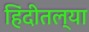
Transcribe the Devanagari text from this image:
हिंदीतल्या